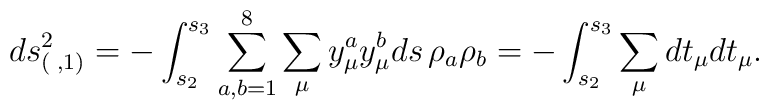
ds^2_{(\;,1)} = -\int_{s_2}^{s_3} \sum_{a,b=1}^8 \sum_{\mu}    {y}_\mu^a {y}_\mu^b ds \, \rho_a \rho_b = - \int_{s_2}^{s_3} \sum_{\mu}    d {t}_\mu d {t}_\mu .